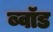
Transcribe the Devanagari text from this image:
ब्वॉड